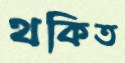
থকিত